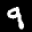
Label: 9